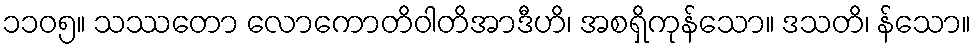
၁၁၀၅။ သဿတော လောကောတိဝါတိအာဒီဟိ၊ အစရှိကုန်သော။ ဒသတိ၊ န်သော။